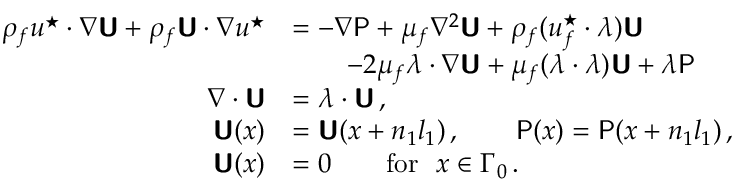
\begin{array} { r l } { \rho _ { f } \boldsymbol { u } ^ { \star } \boldsymbol { \cdot } \boldsymbol { \nabla } \boldsymbol { \mathsf { U } } + \rho _ { f } \boldsymbol { \mathsf { U } } \boldsymbol { \cdot } \boldsymbol { \nabla } \boldsymbol { u } ^ { \star } } & { = - \boldsymbol { \nabla } \mathsf { P } + \mu _ { f } \nabla ^ { 2 } \boldsymbol { \mathsf { U } } + \rho _ { f } ( \boldsymbol { u } _ { f } ^ { \star } \boldsymbol { \cdot } \boldsymbol { \lambda } ) \boldsymbol { \mathsf { U } } } \\ & { \qquad - 2 \mu _ { f } \boldsymbol { \lambda } \boldsymbol { \cdot } \boldsymbol { \nabla } \boldsymbol { \mathsf { U } } + \mu _ { f } ( \boldsymbol { \lambda } \boldsymbol { \cdot } \boldsymbol { \lambda } ) \boldsymbol { \mathsf { U } } + \boldsymbol { \lambda } \mathsf { P } \, } \\ { \boldsymbol { \nabla } \boldsymbol { \cdot } \boldsymbol { \mathsf { U } } } & { = \boldsymbol { \lambda } \boldsymbol { \cdot } \boldsymbol { \mathsf { U } } \, , } \\ { \boldsymbol { \mathsf { U } } ( \boldsymbol { x } ) } & { = \boldsymbol { \mathsf { U } } ( \boldsymbol { x } + n _ { 1 } \boldsymbol { l } _ { 1 } ) \, , \qquad \mathsf { P } ( \boldsymbol { x } ) = \mathsf { P } ( \boldsymbol { x } + n _ { 1 } \boldsymbol { l } _ { 1 } ) \, , } \\ { \boldsymbol { \mathsf { U } } ( \boldsymbol { x } ) } & { = 0 \qquad \mathrm { f o r } ~ ~ \boldsymbol { x } \in \Gamma _ { 0 } \, . } \end{array}